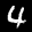
Label: 4